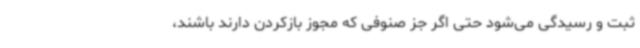
ثبت و رسیدگی می‌شود حتی اگر جز صنوفی که مجوز بازکردن دارند باشند،